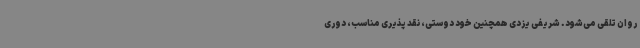
روان تلقی می‌شود. شریفی یزدی همچنین خود دوستی، نقد پذیری مناسب، دوری